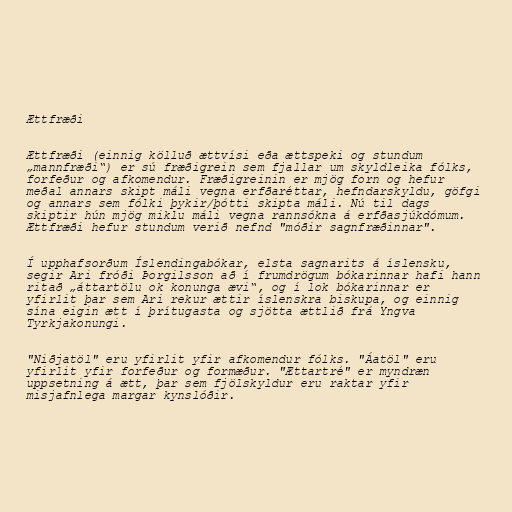
Ættfræði

Ættfræði (einnig kölluð ættvísi eða ættspeki og stundum
„mannfræði“) er sú fræðigrein sem fjallar um skyldleika fólks,
forfeður og afkomendur. Fræðigreinin er mjög forn og hefur
meðal annars skipt máli vegna erfðaréttar, hefndarskyldu, göfgi
og annars sem fólki þykir/þótti skipta máli. Nú til dags
skiptir hún mjög miklu máli vegna rannsókna á erfðasjúkdómum.
Ættfræði hefur stundum verið nefnd "móðir sagnfræðinnar".

Í upphafsorðum Íslendingabókar, elsta sagnarits á íslensku,
segir Ari fróði Þorgilsson að í frumdrögum bókarinnar hafi hann
ritað „áttartölu ok konunga ævi“, og í lok bókarinnar er
yfirlit þar sem Ari rekur ættir íslenskra biskupa, og einnig
sína eigin ætt í þrítugasta og sjötta ættlið frá Yngva
Tyrkjakonungi.

"Niðjatöl" eru yfirlit yfir afkomendur fólks. "Áatöl" eru
yfirlit yfir forfeður og formæður. "Ættartré" er myndræn
uppsetning á ætt, þar sem fjölskyldur eru raktar yfir
misjafnlega margar kynslóðir.